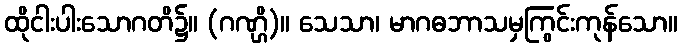
ထိုငါးပါးသောဂတိ၌။ (ဂဏ္ဌိ)။ သေသာ၊ မာဂဓဘာသမှကြွင်းကုန်သော။